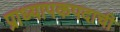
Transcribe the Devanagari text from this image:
प्राध्यापकपदाची